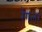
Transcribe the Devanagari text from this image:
रेंगलर